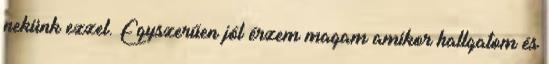
nekünk ezzel. Egyszerűen jól érzem magam amikor hallgatom és